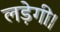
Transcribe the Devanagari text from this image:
लड़ेगी।